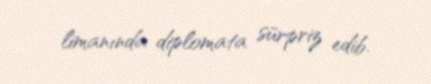
limanında diplomata sürpriz edib.